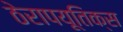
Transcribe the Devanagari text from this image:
ठेरापयूतिक्स